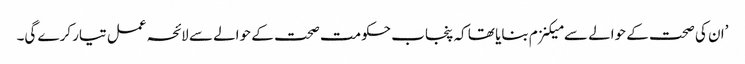
’ان کی صحت کے حوالے سے میکنزم بنایا تھا کہ پنجاب حکومت صحت کے حوالے سے لائحہ عمل تیار کرے گی۔